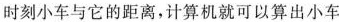
时刻小车与它的距离，计算机就可以算出小车